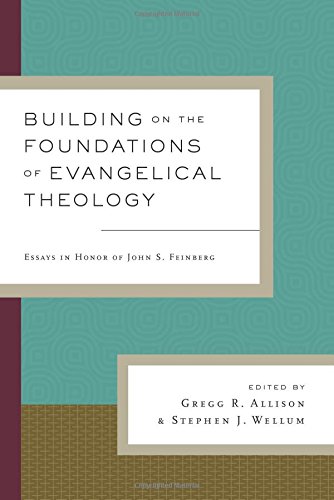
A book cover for Building on the Foundations of Evangelical Theology: Essays in Honor of John S. Feinberg; Christian Books & Bibles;